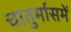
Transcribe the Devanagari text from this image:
चातुर्मासमें